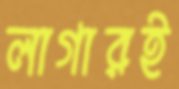
লাগারই